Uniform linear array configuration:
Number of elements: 16
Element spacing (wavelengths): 0.75
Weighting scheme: cosine
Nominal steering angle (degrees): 30
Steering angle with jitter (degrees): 31.033
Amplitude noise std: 0.05
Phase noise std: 0.05

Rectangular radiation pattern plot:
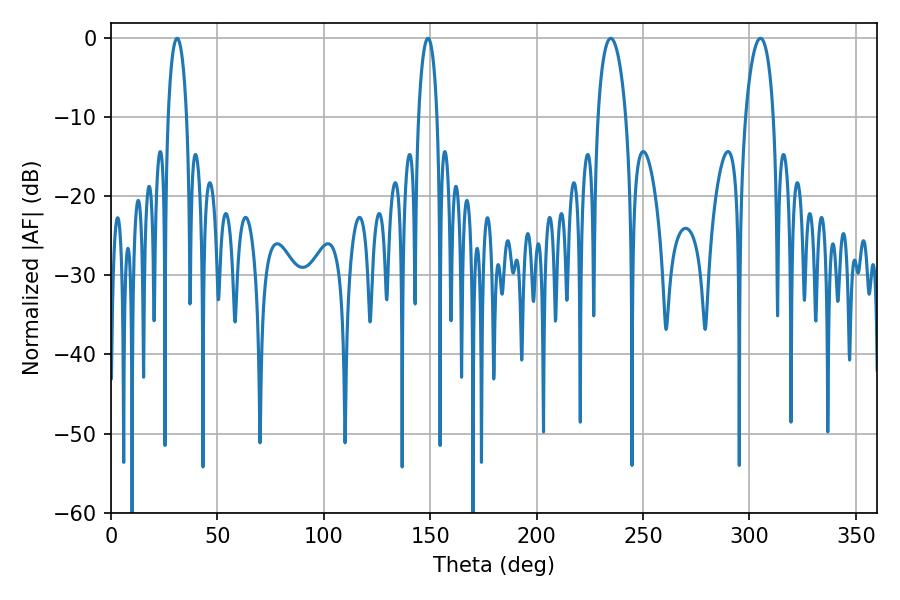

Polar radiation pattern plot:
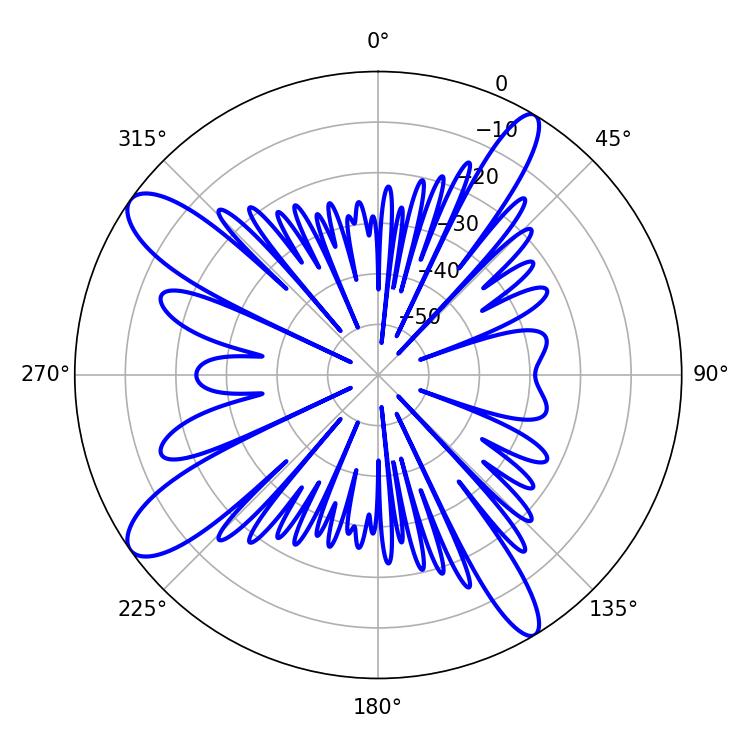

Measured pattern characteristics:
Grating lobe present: TRUE
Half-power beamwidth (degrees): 7.38
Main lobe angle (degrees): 234.9